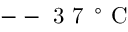
\mathrm { ~ -- ~ 3 ~ 7 ~ } \, ^ { \circ } \mathrm { ~ C ~ }